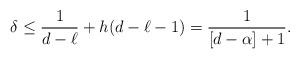
LaTeX: \begin{align*} \delta \le \frac{1}{d-\ell} + h(d-\ell-1) = \frac{1}{[d-\alpha]+1}. \end{align*}